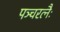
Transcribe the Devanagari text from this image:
पञ्चरत्नैः